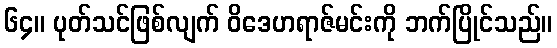
၆၄။ ပုတ်သင်ဖြစ်လျက် ဝိဒေဟရာဇ်မင်းကို ဘက်ပြိုင်သည်။